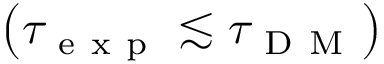
\left( \tau _ { \mathrm { ~ e ~ x ~ p ~ } } \lesssim \tau _ { \mathrm { ~ D ~ M ~ } } \right)